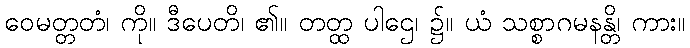
ဝေမတ္တတံ၊ ကို။ ဒီပေတိ၊ ၏။ တတ္ထ ပါဌေ၊ ၌။ ယံ သစ္စာဂမနန္တိ၊ ကား။